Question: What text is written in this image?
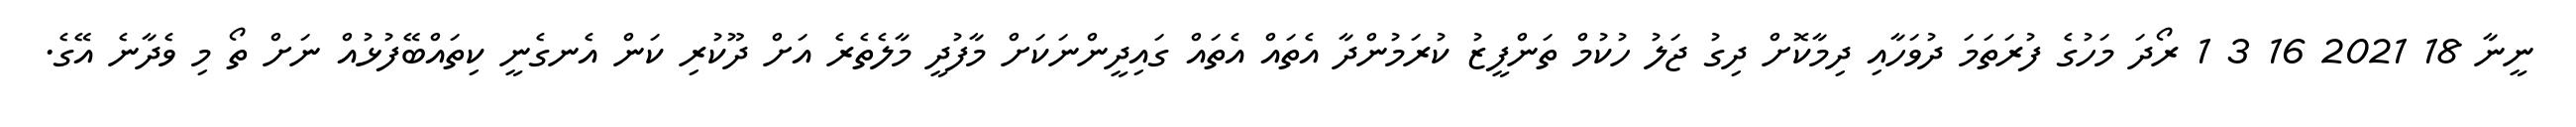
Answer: ނީނާ 18 2021 16 3 1 ރޯދަ މަހުގެ ފުރަތަމަ ދުވަހާއި ދިމާކޮށް ދިގު ޖަލު ހުކުމް ތަންފީޒު ކުރަމުންދާ އެތައް އެތައް ގައިދީންނަކަށް މާފުދީ މާލެތެރެ އަށް ދޫކުރި ކަން އެނގެނީ ކިތައްބޭފުޅުއް ނަށް ތޯ މި ވެދާނެ އޭގެ.